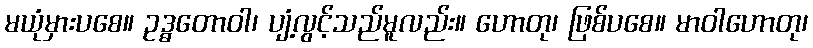
မယုံမှားပစေ။ ဥဒ္ဓတောဝါ၊ ပျံ့လွင့်သည်မူလည်း။ ဟောတု၊ ဖြစ်ပစေ။ မာဝါဟောတု၊